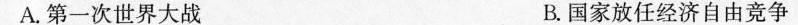
A.第一次世界大战 B.国家放任经济自由竞争